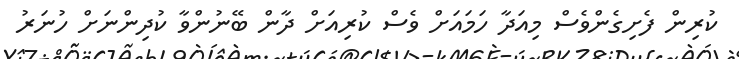
ކުރިން ފެށިގެންވެސް މިއަދާ ހަމައަށް ވެސް ކުރިއަށް ދާން ބޭނުންވާ ކުދިންނަށް ހުނަރު